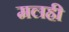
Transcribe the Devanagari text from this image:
मलही